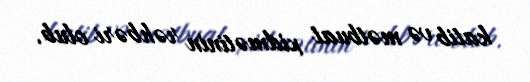
katib və mətbuat xidmətinin rəhbəri olub.